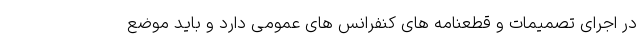
در اجرای تصمیمات و قطعنامه های کنفرانس های عمومی دارد و باید موضع